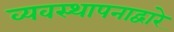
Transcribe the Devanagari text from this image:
व्यवस्थापनाद्वारे